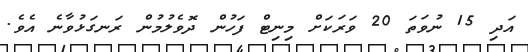
އަދި 15 ނުވަތަ 20 ވަރަކަށް މިނިޓް ފަހުން ދޮވެލުމުން ރަނގަޅުވާނެ އެވެ.